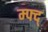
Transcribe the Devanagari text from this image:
म्फ्द्